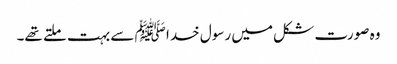
وہ صورت شکل میں رسول خدا ﷺ سے بہت ملتے تھے۔